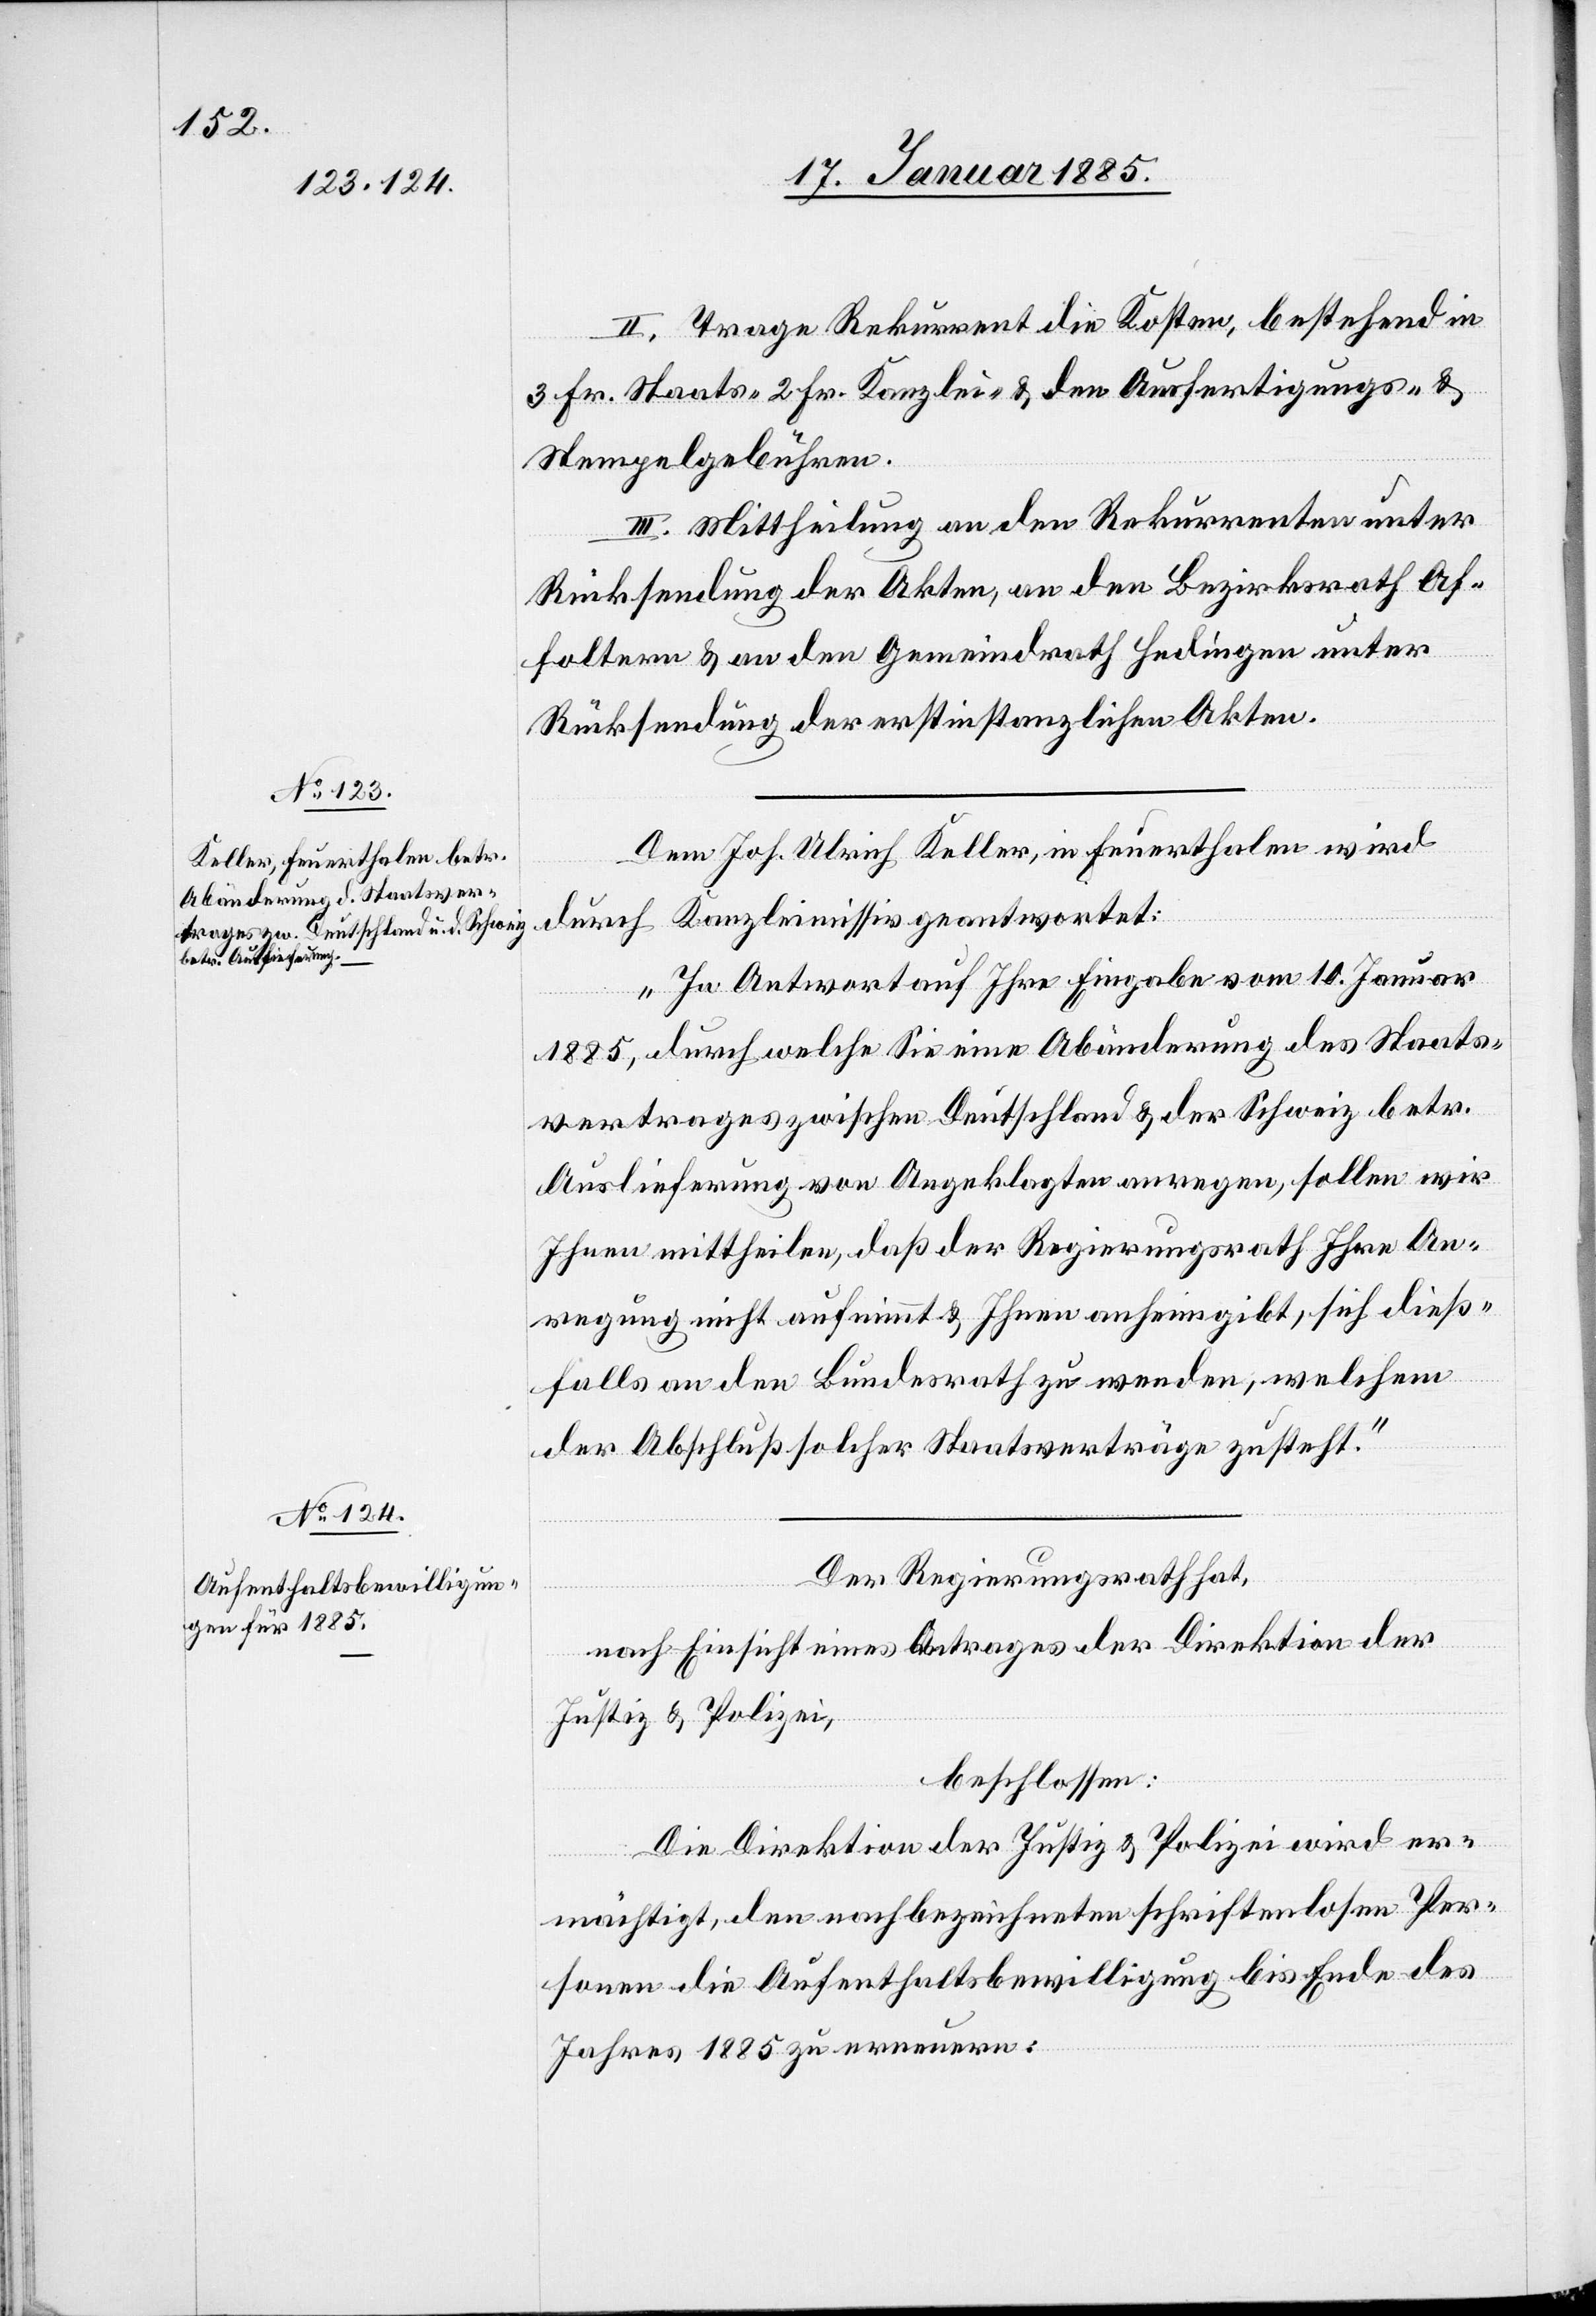
II. Trage Rekurrent die Kosten, bestehend in
3 Fr. Staats-[,] 2 Fr. Kanzlei- & den Ausfertigungs- &
Stempelgebühren.
III. Mittheilung an den Rekurrenten unter
Rücksendung der Akten, an den Bezirksrath Af¬
foltern & an den Gemeindrath Hedingen unter
Rücksendung der erstinstanzlichen Akten.
Dem Joh. Ulrich Keller, in Feuerthalen wird
durch Kanzleimissiv geantwortet:
„In Antwort auf Ihre Eingabe vom 10. Januar
1885, durch welche Sie eine Abänderung des Staats¬
vertrages zwischen Deutschland & der Schweiz betr.
Auslieferung von Angeklagten anregen, sollen wir
Ihnen mittheilen, daß der Regierungsrath Ihre An¬
regung nicht aufnimmt & Ihnen anheim gibt, sich dieß¬
falls an den Bundesrath zu wenden, welchem
der Abschluß solcher Staatsverträge zusteht.“
Der Regierungsrath hat,
nach Einsicht eines Antrages der Direktion der
Justiz & Polizei,
beschlossen:
Die Direktion der Justiz & Polizei wird er¬
mächtigt, den nachbezeichneten schriftenlosen Per¬
sonen die Aufenthaltsbewilligung bis Ende des
Jahres 1885 zu erneuern: